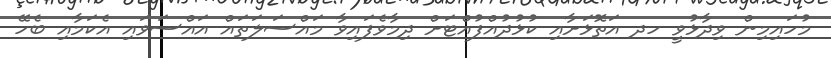
މުހައިމިން ވިދާޅުވީ ހދ އަތޮޅަށާއި ކުޅުދުއްފުއްޓަށް ދިމާވެފައިވާ މައްސަލަތައް އައްސަވައި އެކަމާއި ބެހޭ